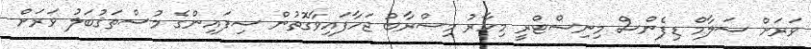
ވަރަށް ސަލާމް ޑިފެންސް މިނިސްޓްރީ މިހާރު މިސްރާބު ޖަހާފައިވާގޮތުން ސިފައިންގެ މުސްތަޤުބަލު ވަރަށް